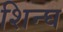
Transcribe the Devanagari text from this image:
शिन्घ